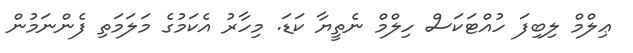
ޢިލްމް ލިބިފަ ހުއްޓަކަސް ހިލްމް ނެތީޔާ ކަޑަ. މިހާރު އެކަމުގެ މަލަމަތި ފެންނަމުން